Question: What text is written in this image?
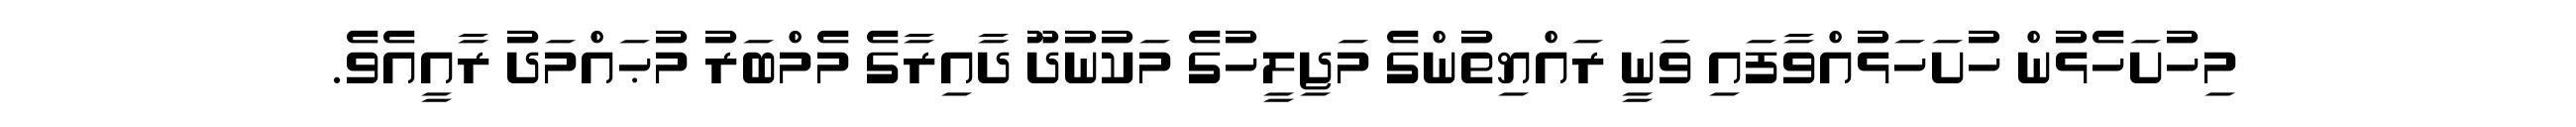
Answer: މިހުށަހެޅުން ހުށަހަޅުއްވާފައި ވަނީ ރައްޔިތުންގެ މަޖިލީހުގެ މަކުނުދޫ ދާއިރާގެ މެމްބަރު މުޙައްމަދު ރާއީއެވެ.